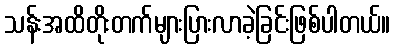
သန်းအထိတိုးတက်များပြားလာခဲ့ခြင်းဖြစ်ပါတယ်။